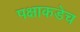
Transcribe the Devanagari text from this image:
पक्षाकडेच